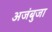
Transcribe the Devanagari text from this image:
अजंबुजा